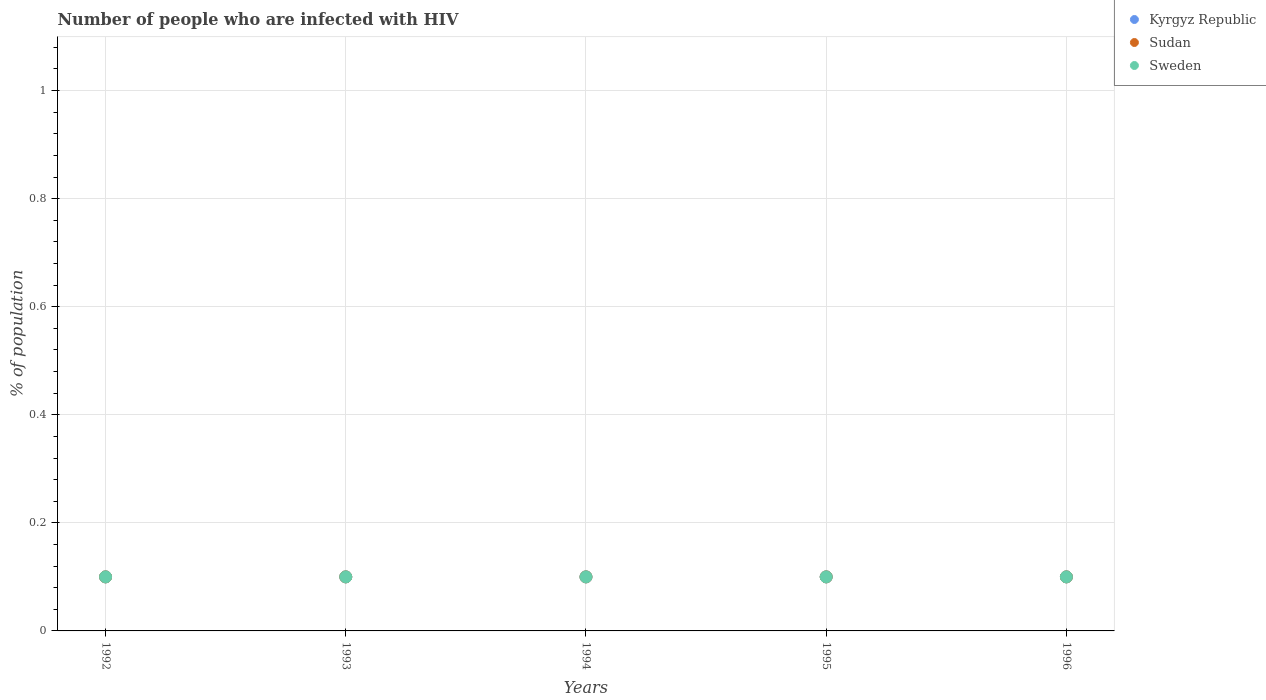
| Years | Kyrgyz Republic | Sudan | Sweden |
 | --- | --- | --- | --- |
 | 1992 | 0.1 | 0.1 | 0.1 |
 | 1993 | 0.1 | 0.1 | 0.1 |
 | 1994 | 0.1 | 0.1 | 0.1 |
 | 1995 | 0.1 | 0.1 | 0.1 |
 | 1996 | 0.1 | 0.1 | 0.1 |